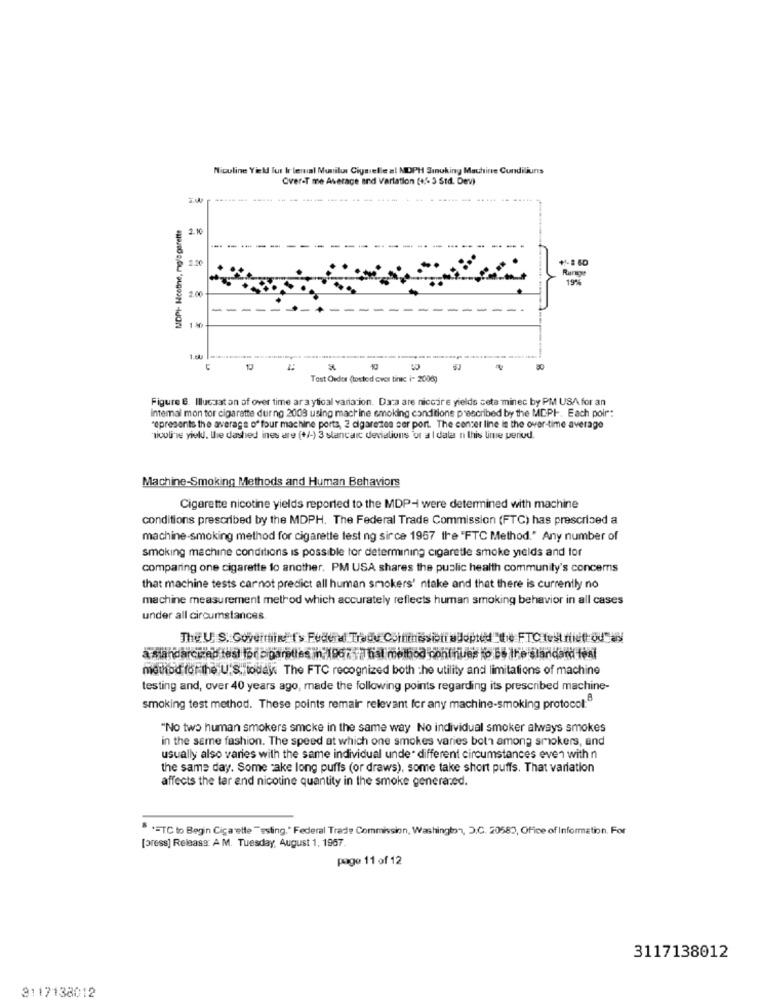
Nicoline Yield fur Ir lemal Munilui Ciysielle al MOPH Smoking Machine Cundiliuns
Over-T me Average and Varlation (+.6 3 Std. Dev)
----
---
MDPH Mootthe, mg/l gerette
2.10
2.20
19%
2.00
-
-------
10
Tast Order (touted cvor tinic i- 2006)
Figure 6. Illucaat an of over time ar a ytical variation. Data are niccire yields ceta minec by PM USA for an
intemal mon tor cigarette dur ng 2009 using machine smoking conditione prescribed by the MCPI -. Each poir:
represents the average of four machine ports, 2 cigarettes ser port. The concer line le the over-time average
nicoline yield. the dashed ines are (+/-) 3 stancaic deviations or a | data in this time period.
Machine-Smoking Methods and Human Behaviors
Cigarette nicotine yields reported to the MDP-I were determined with machine
conditions prescribed by the MDPH. The Federal Trade Commission (FTC) has prescribed a
machine-smoking method for cigarette test ng since 1957 the "FTC Method." Any number of
smoking machine conditions is possible for determining cigarette smoke yields and for
comparing one cigarette to another. PM USA shares the public health community's concerns
that machine tests carnot predict all human smokers' ntake and that there is currently no
machine measurement method which accurately reflects human smoking behavior in all cases
under all circumstances
The U. S. Governing'f'> Fudund Tradu Commissibiradopted"de FTC test ride ou"as
a mandarcirad test lodcigarettes in: 1967 17 hal method continues lo 55 the standard fest
method for the U.S. today The FTC recognized both the utility and limitations of machine
testing and, over 40 years ago, made the following points regarding its prescribed machine-
smoking test method. These points remair relevant for any machine-smoking protocol:"
"No two human smokers smcke in the same way No individual smoker always smokes
in the same fashion. The speed at which one smokes varies both among smokers, and
usually also varies with the same individual unde. different circumstances even with n
the same day. Some cake long puffs (or draws), some take short puffs. That varlation
affects the tar and nicotine quantity in the smoke generared.
5 *= TC to Begin Cigarette "'ssting." Federal Trade Commission, Washington, D.C. 20582, Office of Information. For
[press] Release: A M. Tuesday, August 1, 1967.
page 11 of 12
3117138012
3117138012